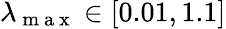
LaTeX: \lambda_{\mathrm{~m~a~x~}}\in[0.01,1.1]